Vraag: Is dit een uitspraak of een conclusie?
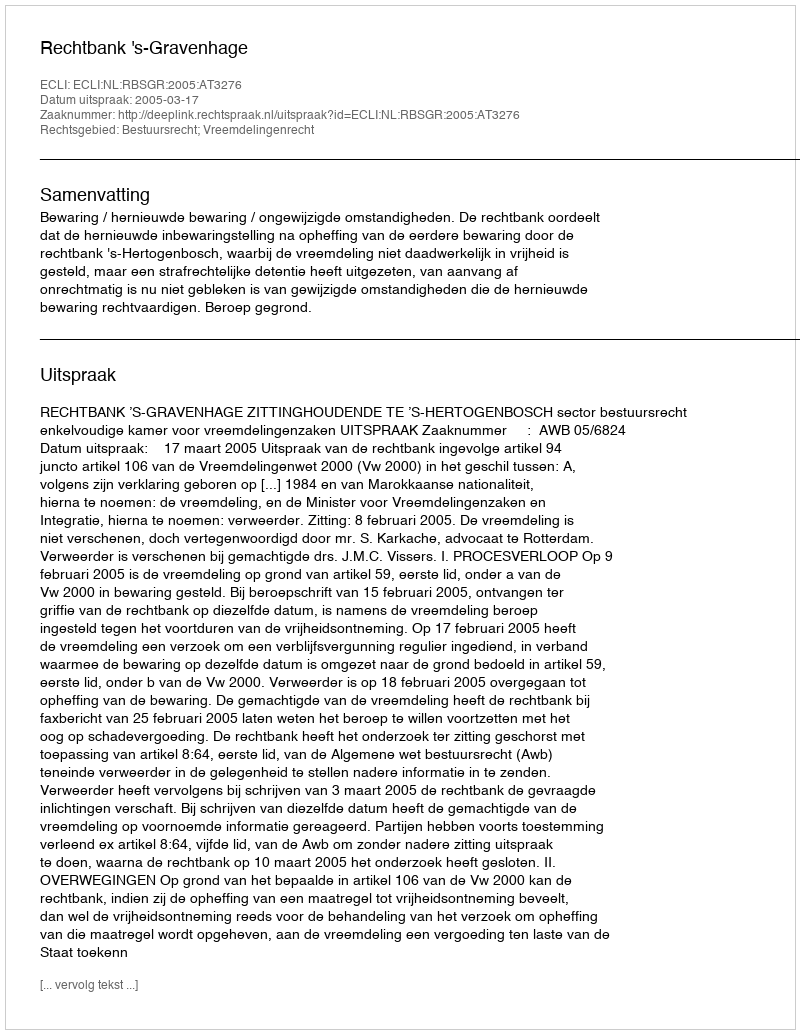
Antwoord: Uitspraak